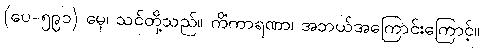
(ပေ-၅၉၁) မှေ၊ သင်တို့သည်။ ကိံကာရဏာ၊ အဘယ်အကြောင်းကြောင့်။